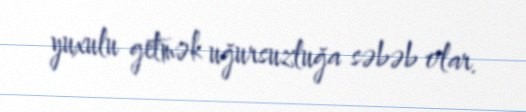
yuxulu getmək uğursuzluğa səbəb olar.